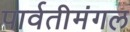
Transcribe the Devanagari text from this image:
पार्वतीमंगल